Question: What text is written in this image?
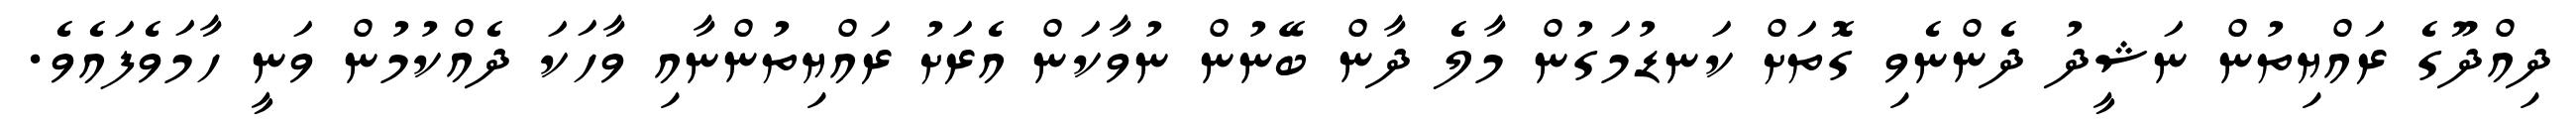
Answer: ދިއްދޫގެ ރައްޔިތުން ނަޝީދު ދެންނެވި ގޮތަށް ކަނޑުމަގުން މާލެ ދާން ބޭނުން ނުވާކަން އެރަށު ރައްޔިތުންނާއި ވާހަކަ ދެއްކުމުން ވަނީ ހާމަވެފައެވެ.